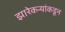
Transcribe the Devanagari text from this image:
झारेकऱ्यांकडून